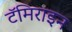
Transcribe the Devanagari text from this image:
टॅमिराइन